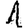
Digit: 1